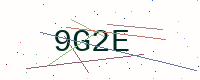
Text: 9G2E